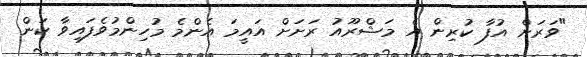
"ވަރަށް އުފާ ކުރިން އެ މަޝްރޫއު ރަށަށް އައީމަ އެންމެ މުހިންމުވެފައިވާ ކަން